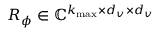
R _ { \phi } \in \mathbb { C } ^ { k _ { \operatorname* { m a x } } \times d _ { v } \times d _ { v } }